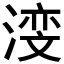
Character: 𪶺